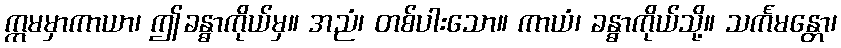
ဣမမှာကာယာ၊ ဤခန္ဓာကိုယ်မှ။ အညံ၊ တစ်ပါးသော။ ကာယံ၊ ခန္ဓာကိုယ်သို့။ သင်္ကမန္တော၊